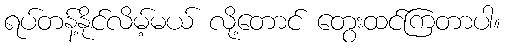
ရပ်တန့်နိုင်လိမ့်မယ် လို့တောင် တွေးထင်ကြတာပါ။